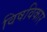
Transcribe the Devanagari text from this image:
विषविकार